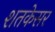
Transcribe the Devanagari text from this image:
शतकेसर